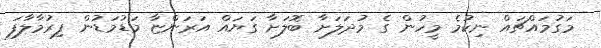
މަގުމައްޗައް ނިކުމެ މީހުން ގެ މުދަލަށާ ބޮލަށާ ގަޔައް އަރަންޏާ މަޑުމަޑުން ފިރުމާލާފަ